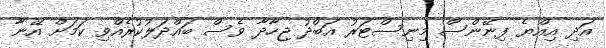
އަދި އިއްޔެ ފިނޭންސް މިނިސްޓަރު އަބްދު ޖިހާދާ ވެސް ބައްދަލުކުރެއްވި ކަމަށް އޭނާ